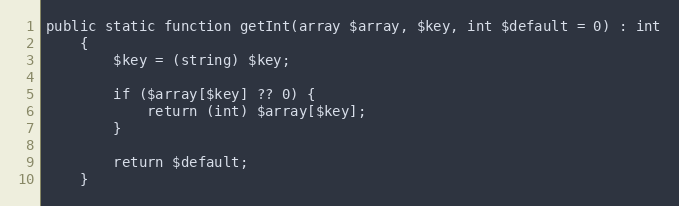
Language: PHP
public static function getInt(array $array, $key, int $default = 0) : int
    {
        $key = (string) $key;

        if ($array[$key] ?? 0) {
            return (int) $array[$key];
        }

        return $default;
    }